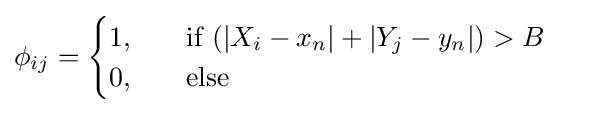
\phi _{ij}={\begin{cases}1,&\mathrm {\quad if\;} (|X_{i}-x_{n}|+|Y_{j}-y_{n}|)>B\quad \\0,&\mathrm {\quad else} \end{cases}}